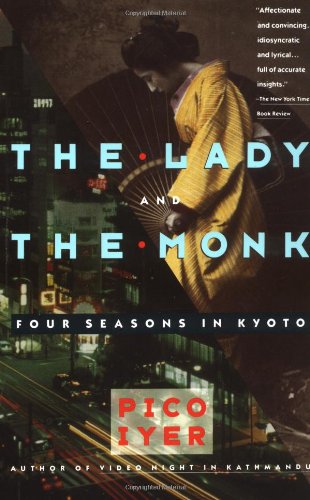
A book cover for The Lady and the Monk: Four Seasons in Kyoto; Pico Iyer; Travel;